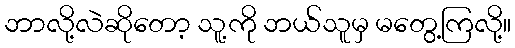
ဘာလို့လဲဆိုတော့ သူ့ကို ဘယ်သူမှ မတွေ့ကြလို့။